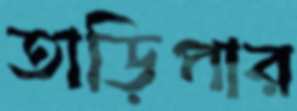
তাড়িপার